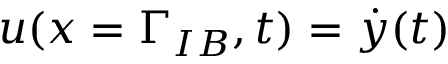
\boldsymbol { u } ( \boldsymbol { x } = \Gamma _ { I B } , t ) = \dot { y } ( t )